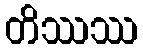
တိဿဿ